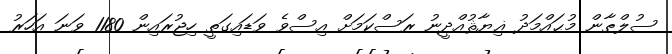
ސުލްޠާން މުޙައްމަދު ޣިޔާޘުއްދީނު ރަސްކަމަށް އިސްވެ ވަޑައިގަތީ ހިޖުރައިން 1180 ވަނަ އަހަރު